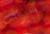
إيرنست